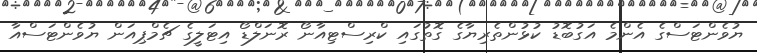
ޔުވެންޓަސްގެ އެންމެ އަގުބޮޑު ކުޅުންތެރިޔާގެ ގޮތުގައި ކްރިސްޓިއާނޯ ރޮނަލްޑޯ އިޓަލީގެ ޗެމްޕިއަން ޔުވެންޓަސްއާ